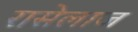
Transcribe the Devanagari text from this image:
रासेलाज